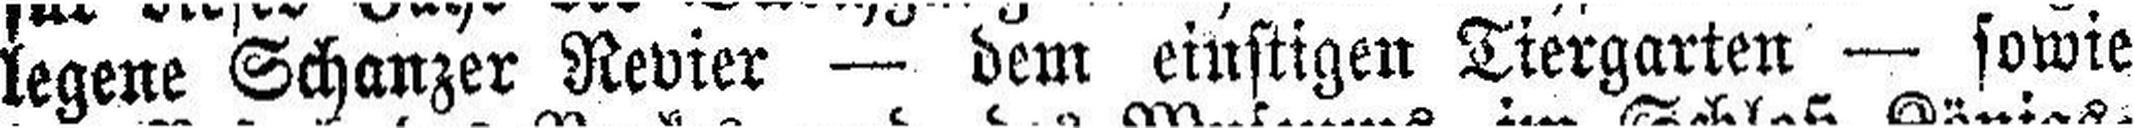
legene Schanzer Revier — dem einstigen Tiergarten — sowie